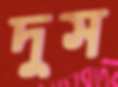
দুস